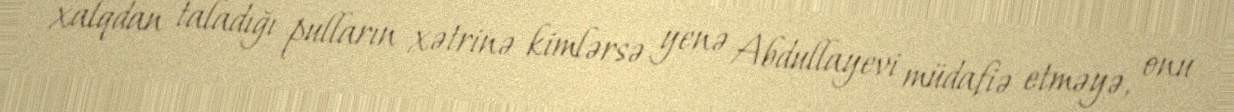
xalqdan taladığı pulların xətrinə kimlərsə yenə Abdullayevi müdafiə etməyə, onu